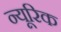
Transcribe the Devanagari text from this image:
न्यूरिक